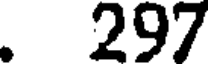
. 297